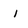
Character: i